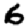
Digit: 6